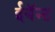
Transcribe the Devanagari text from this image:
ईवॅन्ट